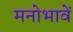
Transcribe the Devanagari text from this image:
मनोभावें